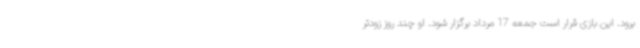
برود. این بازی قرار است جمعه 17 مرداد برگزار شود. او چند روز زودتر